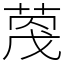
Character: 𫈦